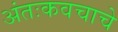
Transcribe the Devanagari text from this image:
अंतःकवचाचे